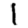
Digit: 1